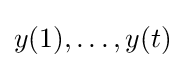
y(1),\dots ,y(t)